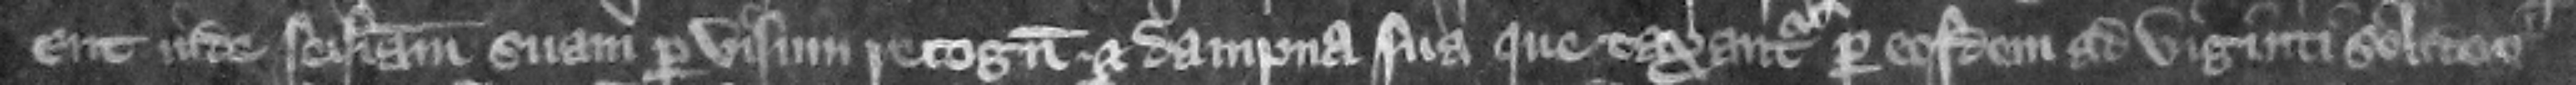
ent inde seisinam sum per visum recognitorum et dampna sua que taxantur per eosdem ad viginti solidos.